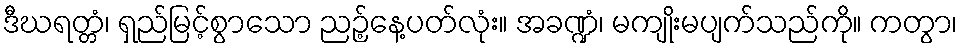
ဒီဃရတ္တံ၊ ရှည်မြင့်စွာသော ညဉ့်နေ့ပတ်လုံး။ အခဏ္ဍံ၊ မကျိုးမပျက်သည်ကို။ ကတွာ၊